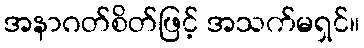
အနာဂတ်စိတ်ဖြင့် အသက်မရှင်။